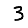
Digit: 3